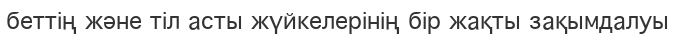
беттің және тіл асты жүйкелерінің бір жақты зақымдалуы